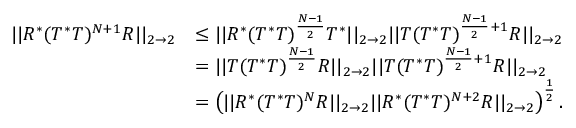
\begin{array} { r l } { | | R ^ { * } ( T ^ { * } T ) ^ { N + 1 } R | | _ { 2 \rightarrow 2 } } & { \leq | | R ^ { * } ( T ^ { * } T ) ^ { \frac { N - 1 } { 2 } } T ^ { * } | | _ { 2 \rightarrow 2 } | | T ( T ^ { * } T ) ^ { \frac { N - 1 } { 2 } + 1 } R | | _ { 2 \rightarrow 2 } } \\ & { = | | T ( T ^ { * } T ) ^ { \frac { N - 1 } { 2 } } R | | _ { 2 \rightarrow 2 } | | T ( T ^ { * } T ) ^ { \frac { N - 1 } { 2 } + 1 } R | | _ { 2 \rightarrow 2 } } \\ & { = \left( | | R ^ { * } ( T ^ { * } T ) ^ { N } R | | _ { 2 \rightarrow 2 } | | R ^ { * } ( T ^ { * } T ) ^ { N + 2 } R | | _ { 2 \rightarrow 2 } \right) ^ { \frac { 1 } { 2 } } . } \end{array}